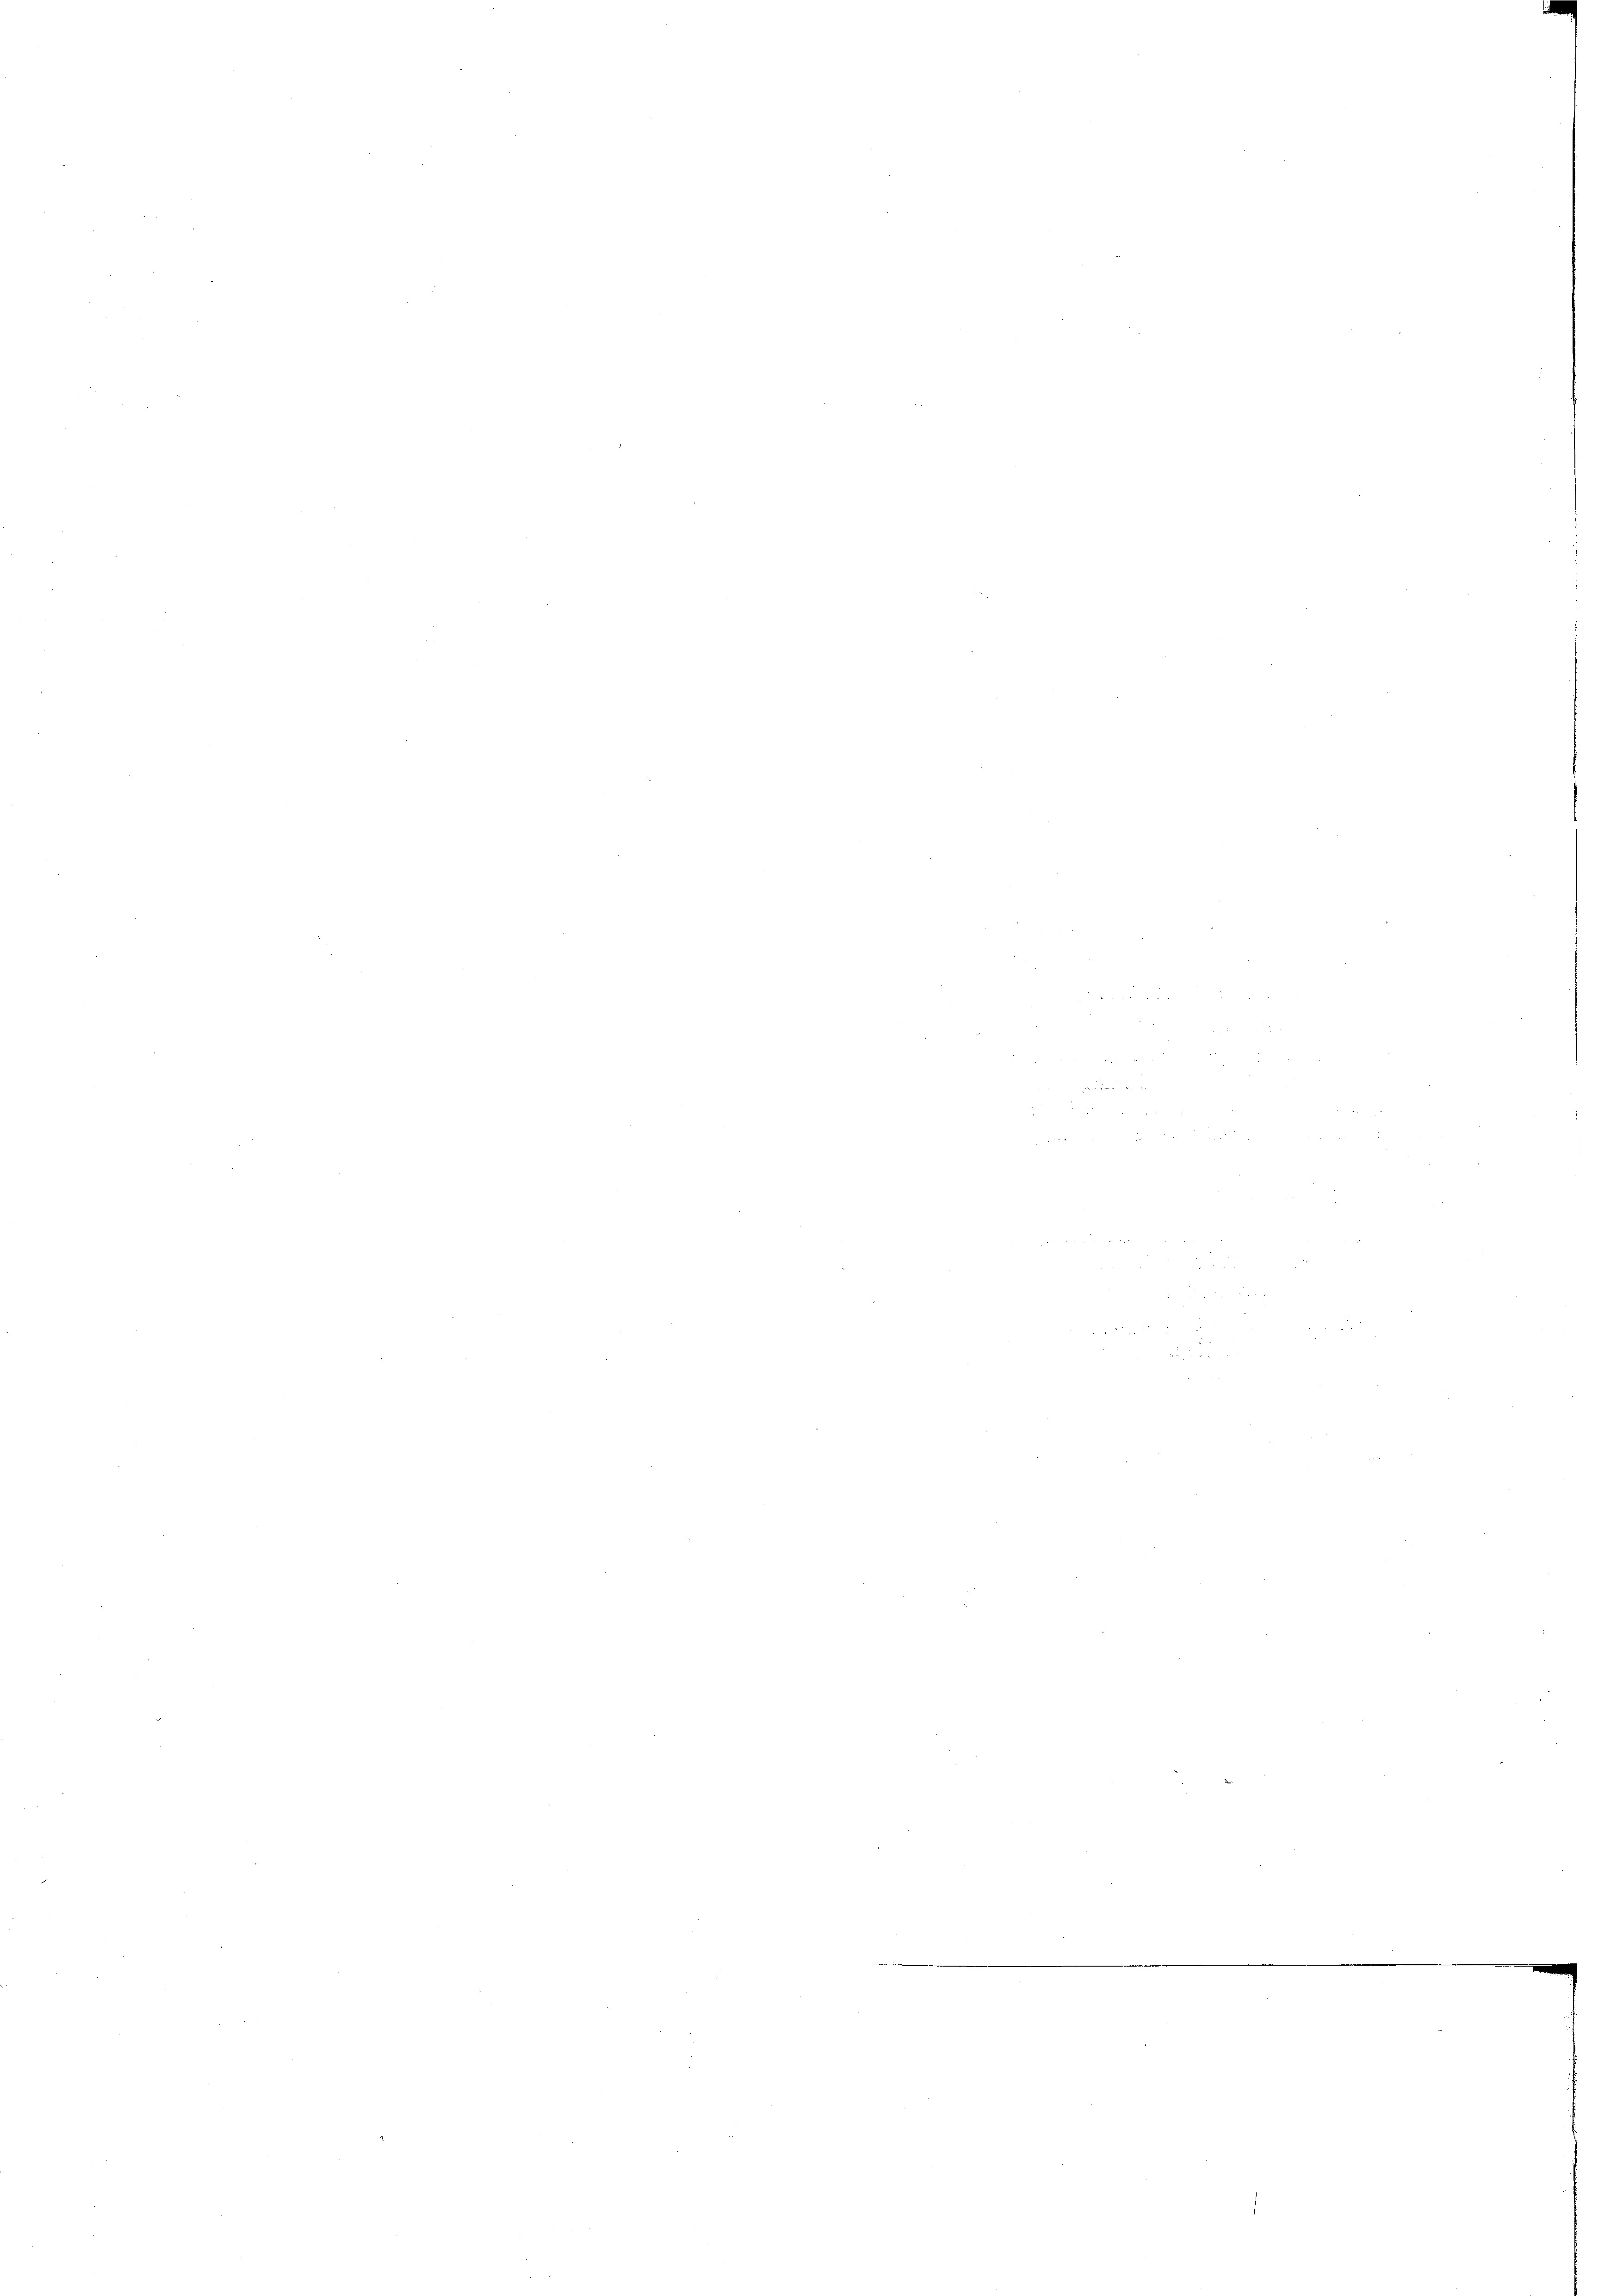
e
m2

d
u
 7
 f

 57 x
 xx
e
8

n
e
M